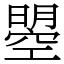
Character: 曌